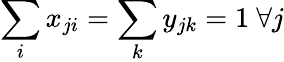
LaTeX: \sum_{i}x_{ji}=\sum_{k}y_{jk}=1\ \forall j